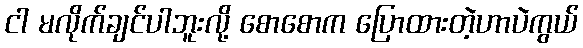
ငါ မလိုက်ချင်ပါဘူးလို့ စောစောက ပြောထားတဲ့ဟာပဲကွယ်